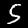
Digit: 5